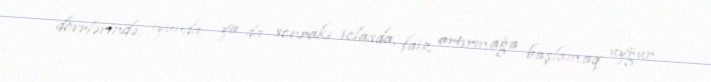
dövrlərində, iyunda, ya da sonrakı iclasda, faiz artırmağa başlamaq uyğun